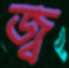
জ্ব